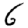
Digit: 6